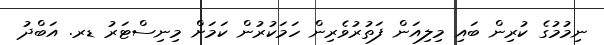
ނިމުމުގެ ކުރިން ބައި މިލިއަން ފަތުރުވެރިން ހަމަކުރުން ކަމަށް މިނިސްޓަރު ޑރ. އަބްދު